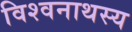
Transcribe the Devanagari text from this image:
विश्वनाथस्य